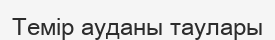
Темір ауданы таулары